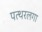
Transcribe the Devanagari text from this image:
पत्थरलगा